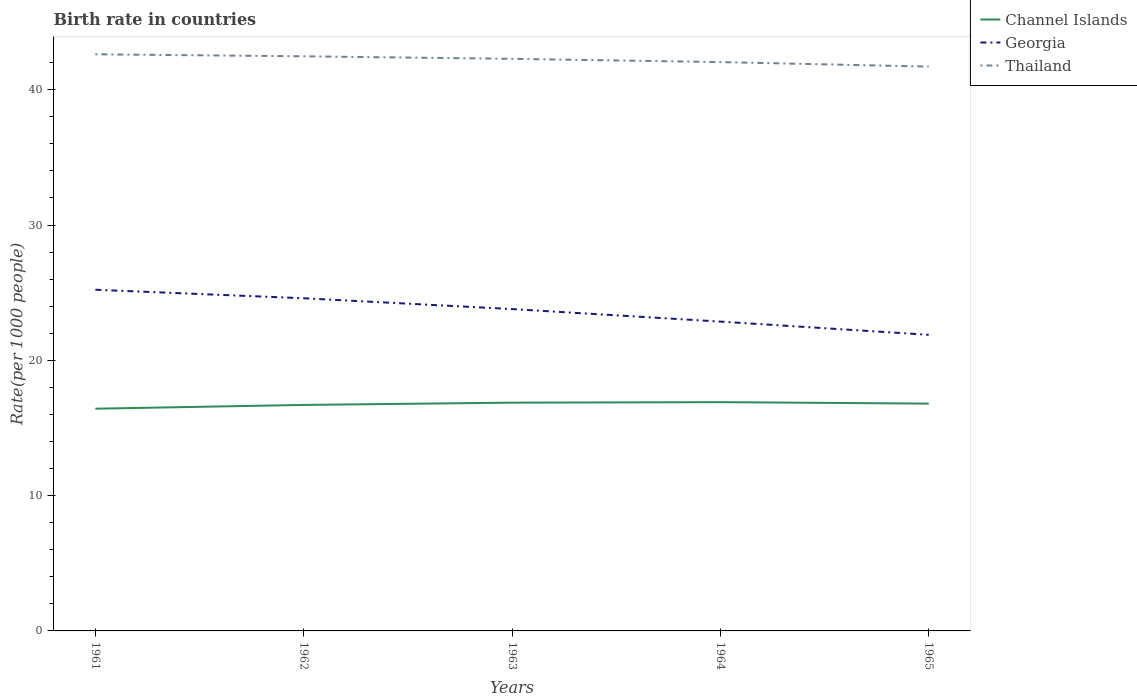
| Years | Channel Islands | Georgia | Thailand |
 | --- | --- | --- | --- |
 | 1961 | 16.4 | 25.2 | 42.6 |
 | 1962 | 16.7 | 24.6 | 42.5 |
 | 1963 | 16.9 | 23.8 | 42.3 |
 | 1964 | 16.9 | 22.9 | 42 |
 | 1965 | 16.8 | 21.9 | 41.7 |